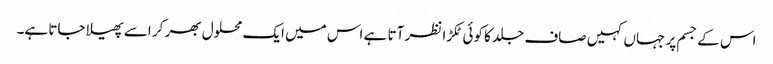
اس کے جسم پر جہاں کہیں صاف جلد کا کوئی ٹکڑا نظر آتا ہے اس میں ایک محلول بھر کر اسے پھیلا جاتا ہے۔